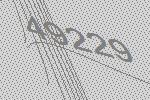
49229